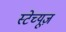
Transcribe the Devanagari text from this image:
स्टेच्यूज़